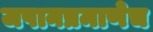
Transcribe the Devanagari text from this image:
जपानप्रमाणेच